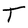
Character: T